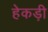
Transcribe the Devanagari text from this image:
हेकड़ी